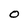
Character: O